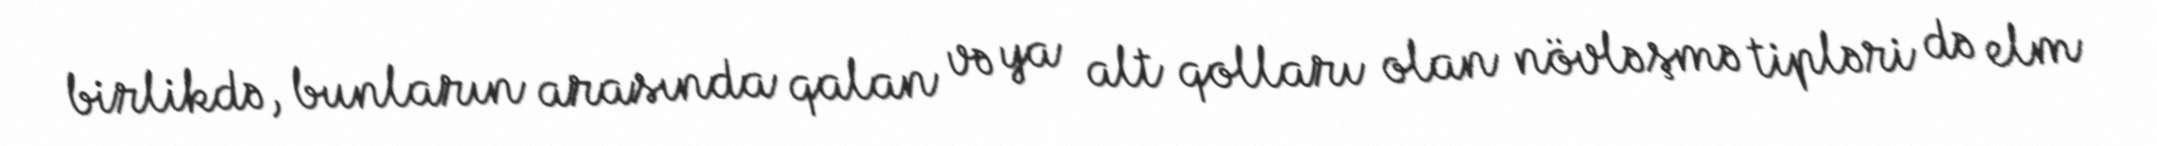
birlikdə, bunların arasında qalan və ya alt qolları olan növləşmə tipləri də elm